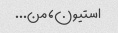
استیون، من...